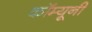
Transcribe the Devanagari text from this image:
कॉम्यूनी